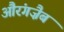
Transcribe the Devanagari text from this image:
औरंगज़ैब